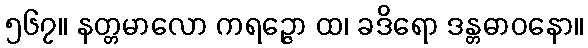
၅၆၇။ နတ္တမာလော ကရဉ္ဇော ထ၊ ခဒိရော ဒန္တဓာဝနော။